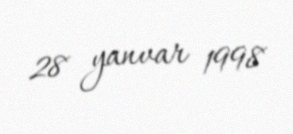
28 yanvar 1998